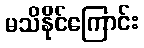
မသိနိုင်ကြောင်း